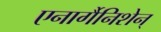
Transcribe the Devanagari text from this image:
एनार्गैनिशेन्